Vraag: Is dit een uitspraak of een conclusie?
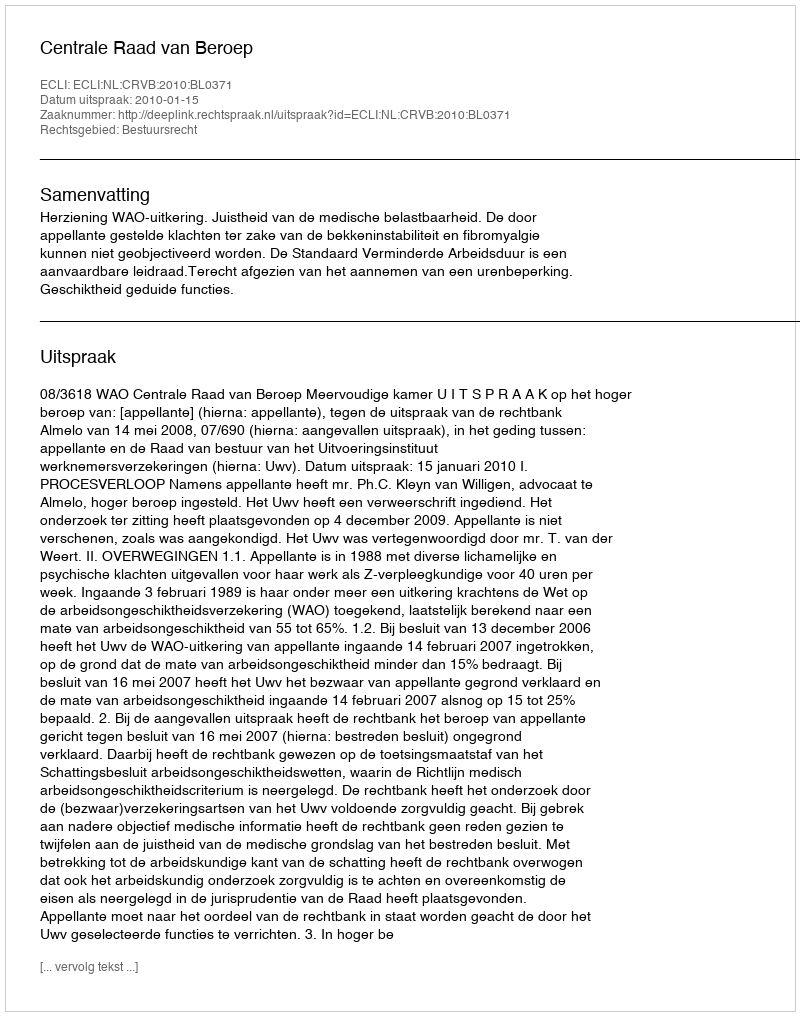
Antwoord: Uitspraak